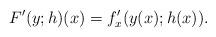
LaTeX: \begin{align*}F'(y;h)(x)=f_{x}'(y(x);h(x)).\end{align*}